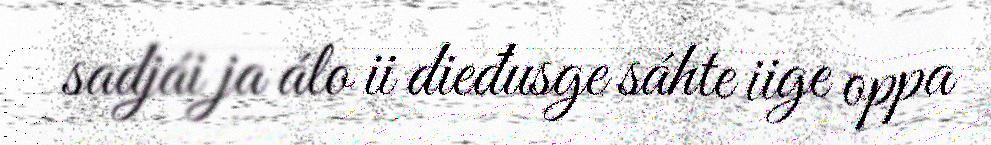
sadjái ja álo ii dieđusge sáhte iige oppa